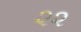
૨૨